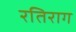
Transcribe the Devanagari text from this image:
रतिराग